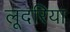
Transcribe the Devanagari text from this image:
लूदरिया